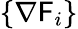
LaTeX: \{ \nabla\mathsf{F}_{i}\}